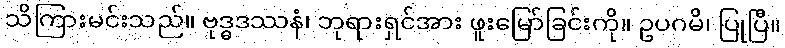
သိကြားမင်းသည်။ ဗုဒ္ဓဒဿနံ၊ ဘုရားရှင်အား ဖူးမြော်ခြင်းကို။ ဥပဂမိ၊ ပြုပြီ။